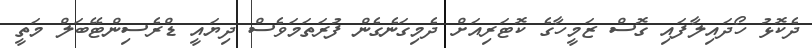
ދެކޮޅު ހޯދައިލާފައި ގޮސް ޒަމީހާގެ ކޮޓަރިއަށް ދެމިގަނެގެން ފުރަތަމަވެސް ދިޔައީ ޑްރެސިންޓޭބަލް މަތީ